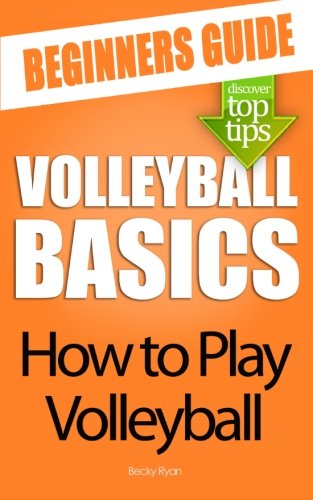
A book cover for Volleyball Basics: How to Play Volleyball; Becky Ryan; Sports & Outdoors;